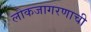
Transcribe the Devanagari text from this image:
लोकजागरणाची